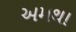
અમથા